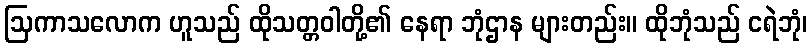
ဩကာသလောက ဟူသည် ထိုသတ္တဝါတို့၏ နေရာ ဘုံဌာန များတည်း။ ထိုဘုံသည် ငရဲဘုံ၊